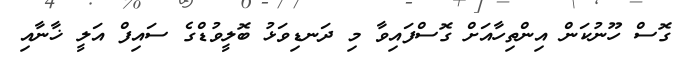
ގޮސް ހޫނުކަން އިންތިހާއަށް ގޮސްފައިވާ މި ދަނޑިވަޅު ބޮލީވުޑްގެ ސައިފް އަލީ ޚާނާއި